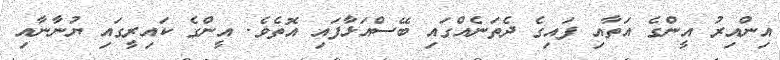
އިންއިރު އީންގެ އަތާއި ފައިގެ ދެތަނެއްގައި ބޭސްއަޅާފައި އޮތެވެ. އީންގެ ކައިރީގައި ޔުނާނާއި